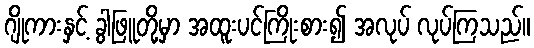
ဂျိုကားနှင့် ခွါဖြူတို့မှာ အထူးပင်ကြိုးစား၍ အလုပ် လုပ်ကြသည်။